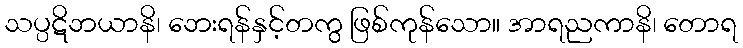
သပ္ပဋိဘယာနိ၊ ဘေးရန်နှင့်တကွ ဖြစ်ကုန်သော။ အာရညကာနိ၊ တောရ